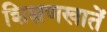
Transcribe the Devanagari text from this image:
शिक्षणखातें